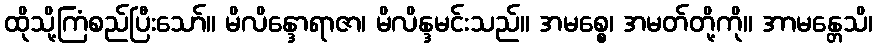
ထိုသို့ကြံစည်ပြီးသော်။ မိလိန္ဒောရာဇာ၊ မိလိန္ဒမင်းသည်။ အမစ္စေ၊ အမတ်တို့ကို။ အာမန္တေသိ၊